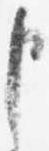
申